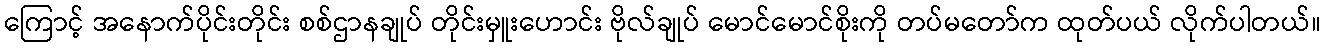
ကြောင့် အနောက်ပိုင်းတိုင်း စစ်ဌာနချုပ် တိုင်းမှူးဟောင်း ဗိုလ်ချုပ် မောင်မောင်စိုးကို တပ်မတော်က ထုတ်ပယ် လိုက်ပါတယ်။